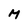
Character: M